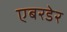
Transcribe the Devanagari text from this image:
एबरडेर